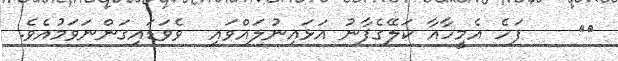
١٠    ފަހެ އެމީހާއާ ކަލޭގެފާނު އަޅައިނުލައްވައި  ވެވަޑައިގަންނަވަމުއެވެ.